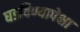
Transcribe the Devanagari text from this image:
घडविण्यापेक्षा